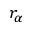
r _ { \alpha }